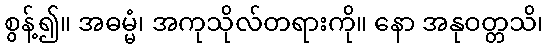
စွန့်၍။ အဓမ္မံ၊ အကုသိုလ်တရားကို။ နော အနုဝတ္တသိ၊